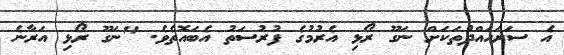
އެ ސަރަހައްދުތަކަށް ނަގޫ ރޯޅި އެރުމުގެ ފުރުސަތު އެބައޮތެވެ. "ނަގޫ ރޯޅި އަރާނެ